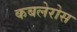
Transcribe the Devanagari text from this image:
कबलेरोस